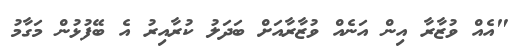
"އެއް ވުޒާރާ އިން އަނެއް ވުޒާރާއަށް ބަދަލު ކުރާއިރު އެ ބޭފުޅުން މަގާމު